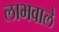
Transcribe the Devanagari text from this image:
लाभवाले